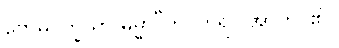
ဗောဓိပက္ခိယာ ဓမ္မာ”တိ၊ ဟူ၍။ အာဟ၊ ၏။